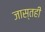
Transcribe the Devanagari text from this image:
जास्तही